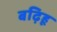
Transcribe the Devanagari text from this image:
बढ़िहू